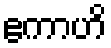
ဧကာဟိ